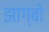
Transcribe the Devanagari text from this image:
झांग्बो